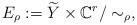
LaTeX: \begin{align*}E_\rho:=\widetilde{Y}\times \mathbb{C}^r/\sim_\rho, \end{align*}